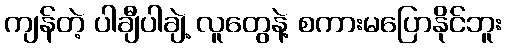
ကျန်တဲ့ ပါချီပါချဲ့ လူတွေနဲ့ စကားမပြောနိုင်ဘူး